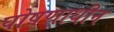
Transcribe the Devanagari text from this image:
घोषणाधीन